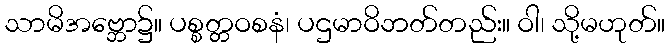
သာမိအဗ္ဘော၌။ ပစ္စတ္တဝစနံ၊ ပဌမာဝိဘတ်တည်း။ ဝါ၊ သို့မဟုတ်။